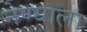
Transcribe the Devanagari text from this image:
नेण्याला